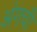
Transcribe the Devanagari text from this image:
अंगची